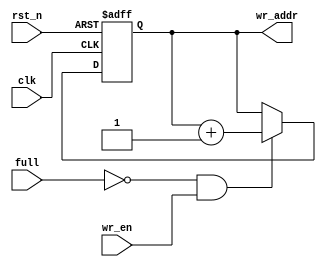
module wr_addr_gen(
	clk,
	rst_n,
	full,
	wr_en,
	wr_addr
	);
    
    parameter FIFO_PTR_WIDE = 2'b11;
       
    input clk;
    input rst_n;
    input full;
    input wr_en;
    output [FIFO_PTR_WIDE - 1 : 0] wr_addr;

    wire clk;
    wire rst_n;
    wire full;
    wire wr_en;
    reg [FIFO_PTR_WIDE - 1 : 0] wr_addr;

    always @(posedge clk or negedge rst_n) begin
    	if (!rst_n) wr_addr <= 0;    	
    	else if (!full && wr_en) wr_addr <= wr_addr + 1;
        else wr_addr <= wr_addr;
    end
endmodule